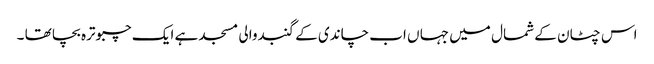
اس چٹان کے شمال میں جہا ں اب چاندی کے گنبدوالی مسجد ہے ایک چبوترہ بچا تھا ۔